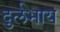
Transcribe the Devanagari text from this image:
दुर्लभाय